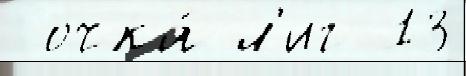
 очка́ л'иг 13